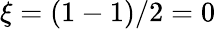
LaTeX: \xi=(1-1)/2=0